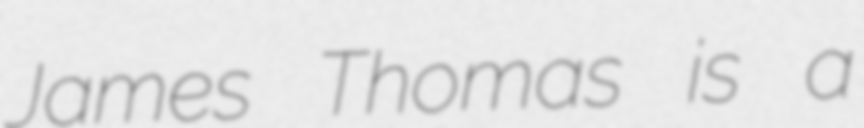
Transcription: James Thomas is a